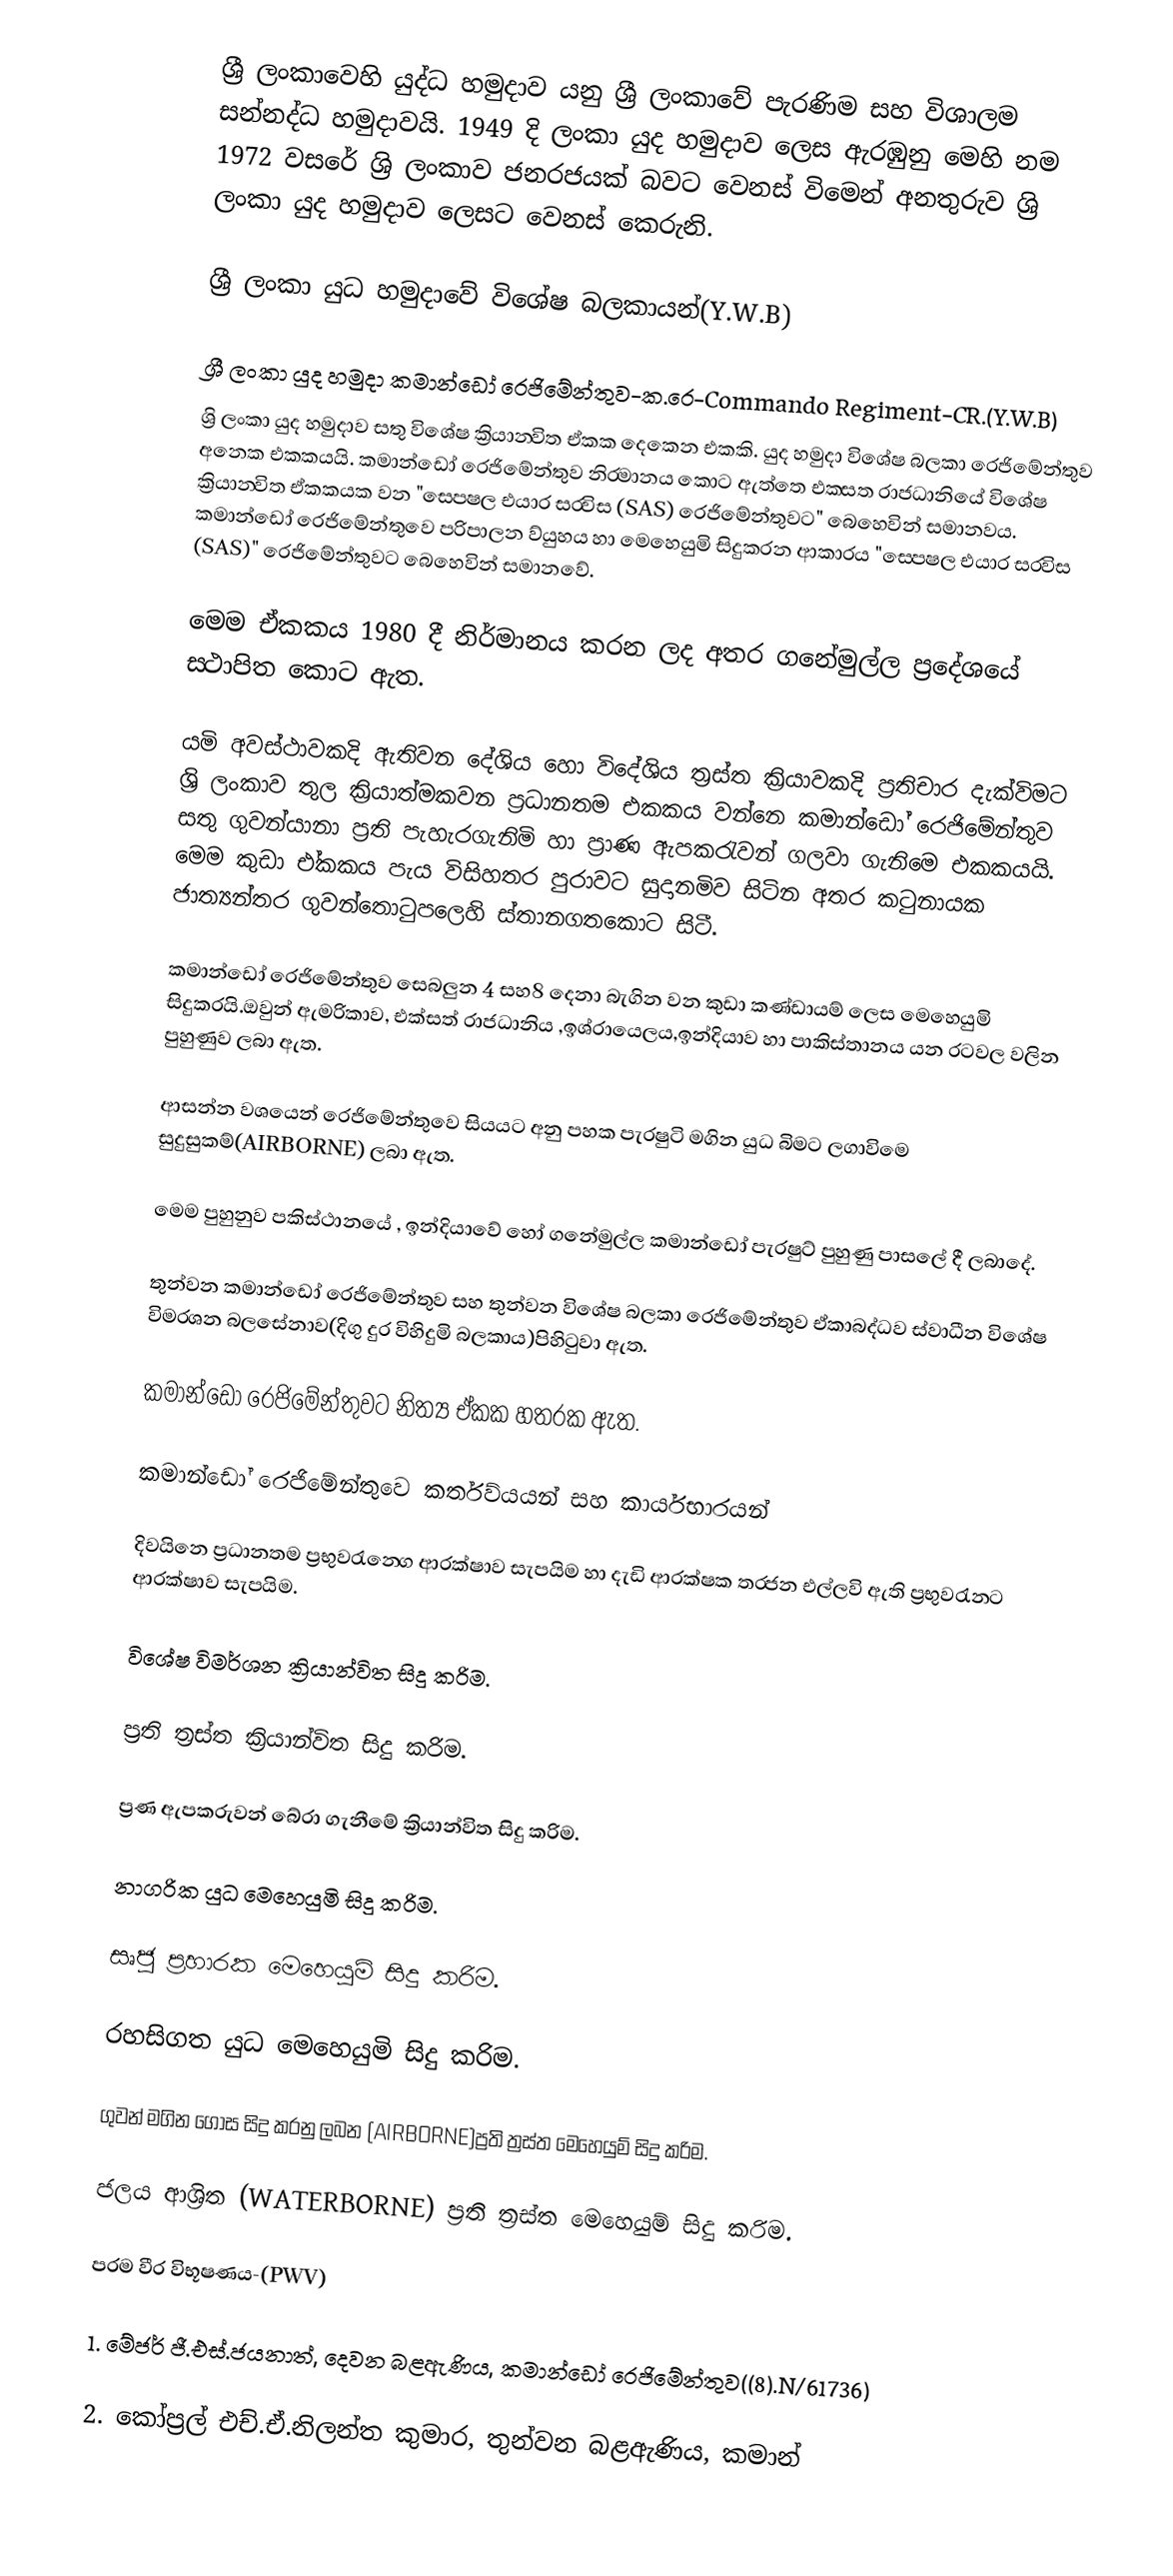
ශ්‍රී ලංකාවෙහි යුද්ධ හමුදාව යනු ශ්‍රී ලංකාවේ පැරණිම සහ විශාලම සන්නද්ධ හමුදාවයි. 1949 දි ලංකා යුද හමුදාව ලෙස ඇරඹුනු මෙහි නම 1972 වසරේ ශ්‍රි ලංකාව ජනරජයක් බවට වෙනස් විමෙන් අනතුරුව ශ්‍රි ලංකා යුද හමුදාව ලෙසට වෙනස් කෙරුනි.

ශ්‍රී ලංකා යුධ හමුදාවේ විශේෂ බලකායන්(Y.W.B)

ශ්‍රී ලංකා යුද හමුදා කමාන්ඩෝ රෙජිමේන්තුව-ක.රෙ-Commando Regiment-CR.(Y.W.B)
ශ්‍රි ලංකා යුද හමුදාව සතු විශේෂ ක්‍රියාන‍්විත ඒකක දෙකෙන‍් එකකි. යුද හමුදා විශේෂ බලකා රෙජිමේන්තුව අනෙක‍් එකකයයි. කමාන්ඩෝ රෙජිමේන්තුව නිර‍්මානය කොට ඇත‍‍්තෙ එක‍්සත‍් රාජධානියෙ‍් විශේෂ ක්‍රියාන‍්විත ඒකකයක‍් වන "ස‍්පෙෂල‍් එයාර‍් සර‍්විස‍් (SAS) රෙජිමේන්තුවට" බෙහෙවින් සමානවය. කමාන්ඩෝ රෙජිමේන්තුවෙ පරිපාලන ව්යුහය හා මෙහෙයුමි සිදුකරන ආකාරය "ස‍්පෙෂල‍් එයාර‍් සර‍්විස‍් (SAS)" රෙජිමේන්තුවට බෙහෙවින් සමානවේ.

මෙම ඒකකය 1980 දී නිර්මානය කරන ලද අතර ගනේමුල්ල ප්‍රදෙ‍්ශයෙ‍් ස‍්ථාපිත කොට ඇත.

යමි අවස‍්ථාවකදි ඇතිවන දෙ‍්ශිය හො විදෙ‍්ශිය ත්‍රස‍්ත ක්‍රියාවකදි ප්‍රතිචාර දැක‍්විමට ශ්‍රි ලංකාව තුල ක්‍රියාත‍්මකවන ප්‍රධානතම එකකය වන‍‍්නෙ කමාන්ඩෝ රෙජිමේන්තුව සතු ගුවන‍්යානා ප්‍රති පැහැරගැනිමි හා ප්‍රාණ ඇපකරැවන‍් ගලවා ගැනිමෙ එකකයයි. මෙම කුඩා එ‍්කකය පැය විසිහතර පුරාවට සුදානමිව සිටින අතර කටුනායක ජාත්‍යන‍්තර ගුවන‍්තොටුපලෙහි ස‍්තානගතකොට සිටී.

කමාන්ඩෝ රෙජිමේන්තුව සෙබලුන‍් 4 සහ8 දෙනා බැගින‍් වන කුඩා කණ්ඩායම් ලෙස මෙහෙයුමි සිදුකරයි.ඔවුන් ඇමරිකාව, එක්සත් රාජධානිය ,ඉශ්රායෙලය,ඉන්දියාව හා පාකිස්තානය යන රටවල‍් වලින‍් පුහුණුව ලබා ඇත.

ආසන්න වශයෙන් රෙජිමේන්තුවෙ සියයට අනු පහක‍් පැරෂුටි මගින‍් යුධ බිමට ලගාවිමෙ සුදුසුකම්(AIRBORNE) ලබා ඇත.

මෙම පුහුනුව පකිස්ථානයේ , ඉන්දියාවේ හෝ ගනේමුල්ල කමාන්ඩෝ පැරෂුට් පුහුණු පාසලේ දී ලබාදේ.

තුන්වන කමාන්ඩෝ රෙජිමේන්තුව සහ තුන්වන විශේෂ බලකා රෙජිමේන්තුව එ‍්කාබද‍‍්ධව ස්වාධීන විශේෂ විමර‍්ශන බලසේනාව(දිගු දුර විහිදුමි බලකාය)පිහිටුවා ඇත.

කමාන්ඩෝ රෙජිමේන්තුවට නිත්‍ය ඒකක හතරක‍් ඇත.

කමාන්ඩෝ රෙජිමේන්තුවෙ කර්තව්යයන් සහ කාර්යභාරයන‍්

දිවයිනෙ ප්‍රධානතම ප්‍රභුවරැන‍්ගෙ ආරක්ෂාව සැපයිම හා දැඩි ආරක්ෂක තර‍්ජන එල‍‍්ලවි ඇති ප්‍රභුවරැන‍්ට ආරක්ෂාව සැපයිම.

විශේෂ විමර්ශන ක්‍රියාන්විත සිදු කරිම.

ප්‍රති ත්‍රස්ත ක්‍රියාන්විත සිදු කරිම.

ප්‍රණ ඇපකරුවන් බේරා ගැනීමේ ක්‍රියාන්විත සිදු කරිම.

නාගරික යුධ මෙහෙයුමි සිදු කරිම.

සෘජු ප්‍රහාරක මෙහෙයුම් සිදු කරිම.

රහසිගත යුධ මෙහෙයුමි සිදු කරිම.

ගුවන් මගින‍් ගොස‍‍් සිදු කරනු ලබන (AIRBORNE)ප්‍රති ත්‍රස්ත මෙහෙයුම් සිදු කරිම.

ජලය ආශ්‍රිත (WATERBORNE) ප්‍රති ත්‍රස්ත මෙහෙයුම් සිදු කරිම.

පරම වීර විභූෂණය-(PWV)

1. මේජර් ජී.එස්.ජයනාත්, දෙවන බළඇණිය, කමාන්ඩෝ රෙජිමේන්තුව((8).N/61736)

2. කෝප්‍රල් එච්.ඒ.නිලන්ත කුමාර, තුන්වන බළඇණිය, කමාන්